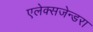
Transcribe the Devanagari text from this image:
एलेक्सजेन्डरा